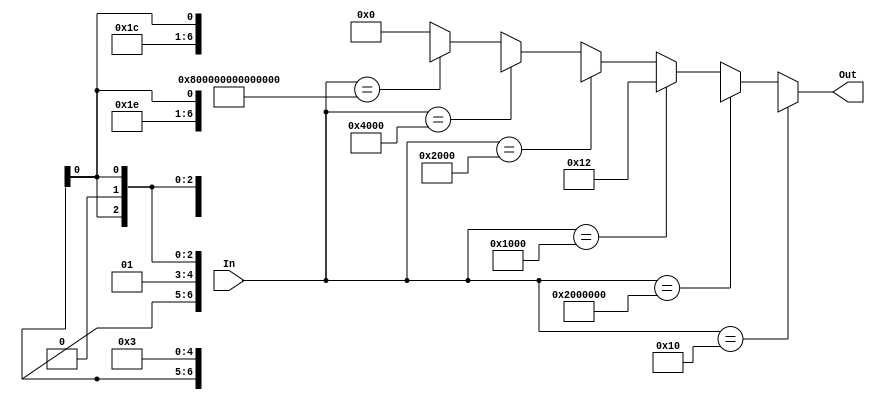
module controlRom(In, Out);

input wire [63:0]In;
output wire [6:0]Out;

assign Out = 
/*Add*/	(In == 64'b0000000000000000000000000000000000000000000000000000000000010000) ? 7'b011100x :
/*And*/	(In == 64'b0000000000000000000000000000000000000010000000000000000000000000) ? 7'b011110x : 
/*Movl*/(In == 64'b0000000000000000000000000000000000000000000000000001000000000000) ? 7'b0010010 :
/*Movs*/(In == 64'b0000000000000000000000000000000000000000000000000010000000000000) ? 7'bxx00011 :
/*JA*/  (In == 64'b0000000000000000000000000000000000000000000000000100000000000000) ? 7'bxx0xx0x :
/*CMP*/ (In == 64'b0000100000000000000000000000000000000000000000000000000000000000) ? 7'bxx01x0x : 7'b0000000;

endmodule